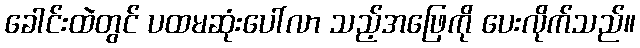
ခေါင်းထဲတွင် ပထမဆုံးပေါ်လာ သည့်အဖြေကို ပေးလိုက်သည်။